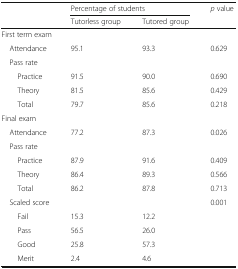
<table><thead><tr><td rowspan="2">[EMPTY_CELL]</td><td colspan="2"><b>Percentage of students</b></td><td rowspan="2"><b><i>p</i> value</b></td></tr><tr><td><b>Tutorless group</b></td><td><b>Tutored group</b></td></tr></thead><tbody><tr><td colspan="4">First term exam</td></tr><tr><td> Attendance</td><td>95.1</td><td>93.3</td><td>0.629</td></tr><tr><td colspan="4"> Pass rate</td></tr><tr><td>Practice</td><td>91.5</td><td>90.0</td><td>0.690</td></tr><tr><td>Theory</td><td>81.5</td><td>85.6</td><td>0.429</td></tr><tr><td>Total</td><td>79.7</td><td>85.6</td><td>0.218</td></tr><tr><td colspan="4">Final exam</td></tr><tr><td> Attendance</td><td>77.2</td><td>87.3</td><td>0.026</td></tr><tr><td> Pass rate</td><td>[EMPTY_CELL]</td><td>[EMPTY_CELL]</td><td>[EMPTY_CELL]</td></tr><tr><td>Practice</td><td>87.9</td><td>91.6</td><td>0.409</td></tr><tr><td>Theory</td><td>86.4</td><td>89.3</td><td>0.566</td></tr><tr><td>Total</td><td>86.2</td><td>87.8</td><td>0.713</td></tr><tr><td> Scaled score</td><td>[EMPTY_CELL]</td><td>[EMPTY_CELL]</td><td>0.001</td></tr><tr><td>Fail</td><td>15.3</td><td>12.2</td><td>[EMPTY_CELL]</td></tr><tr><td>Pass</td><td>56.5</td><td>26.0</td><td>[EMPTY_CELL]</td></tr><tr><td>Good</td><td>25.8</td><td>57.3</td><td>[EMPTY_CELL]</td></tr><tr><td>Merit</td><td>2.4</td><td>4.6</td><td>[EMPTY_CELL]</td></tr></tbody></table>